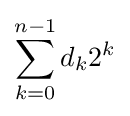
\sum _{k=0}^{n-1}d_{k}2^{k}